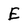
Character: E